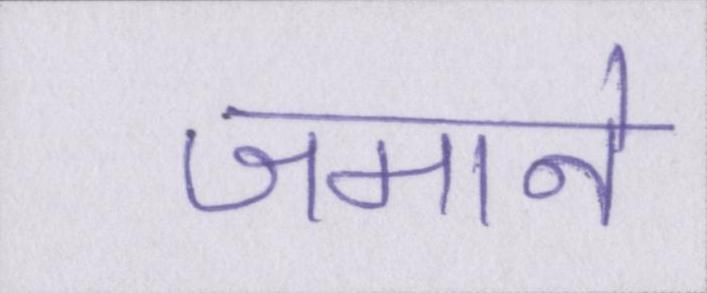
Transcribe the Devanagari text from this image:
जमाने